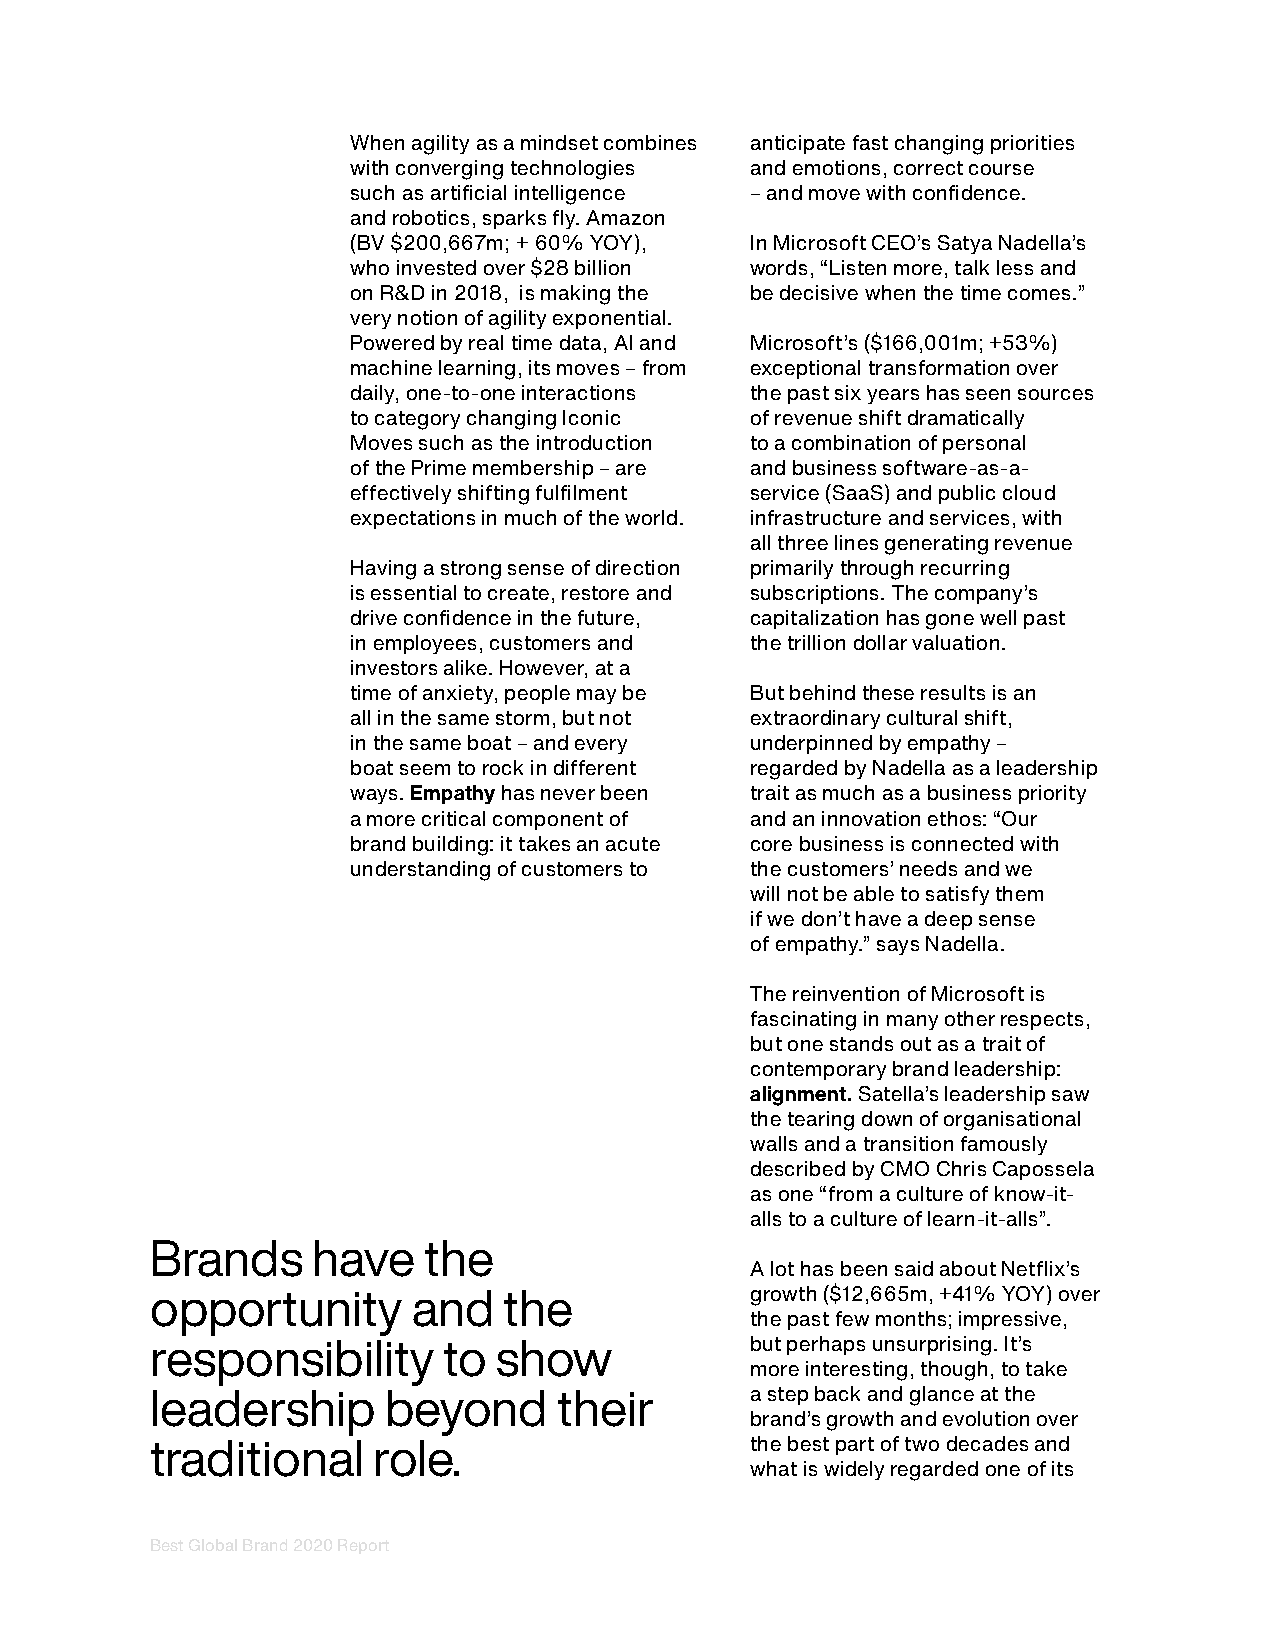
When agility as a mindset combines anticipate fast changing priorities
 with converging technologies and emotions, correct course
 such as artificial intelligence – and move with confidence.
 and robotics, sparks fly. Amazon
 (BV $200,667m; + 60% YOY), In Microsoft CEO’s Satya Nadella’s
 who invested over $28 billion words, “Listen more, talk less and
 on R&D in 2018, is making the be decisive when the time comes.”
 very notion of agility exponential.
 Powered by real time data, AI and Microsoft’s ($166,001m; +53%)
 machine learning, its moves – from exceptional transformation over
 daily, one-to-one interactions the past six years has seen sources
 to category changing Iconic of revenue shift dramatically
 Moves such as the introduction to a combination of personal
 of the Prime membership – are and business software-as-a-
 effectively shifting fulfilment service (SaaS) and public cloud
 expectations in much of the world. infrastructure and services, with
 all three lines generating revenue
 Having a strong sense of direction primarily through recurring
 is essential to create, restore and subscriptions. The company’s
 drive confidence in the future, capitalization has gone well past
 in employees, customers and the trillion dollar valuation.
 investors alike. However, at a
 time of anxiety, people may be But behind these results is an
 all in the same storm, but not extraordinary cultural shift,
 in the same boat – and every underpinned by empathy –
 boat seem to rock in different regarded by Nadella as a leadership
 ways. Empathy has never been trait as much as a business priority
 a more critical component of and an innovation ethos: “Our
 brand building: it takes an acute core business is connected with
 understanding of customers to the customers’ needs and we
 will not be able to satisfy them
 if we don’t have a deep sense
 of empathy.” says Nadella.
 The reinvention of Microsoft is
 fascinating in many other respects,
 but one stands out as a trait of
 contemporary brand leadership:
 alignment. Satella’s leadership saw
 the tearing down of organisational
 walls and a transition famously
 described by CMO Chris Capossela
 as one “from a culture of know-it-
 alls to a culture of learn-it-alls”.
 Brands     have   the
 A lot has been said about Netflix’s
 opportunity      and   the              growth ($12,665m, +41% YOY) over
 the past few months; impressive,
 responsibility     to  show             but perhaps unsurprising. It’s
 more interesting, though, to take
 leadership     beyond      their        a step back and glance at the
 brand’s growth and evolution over
 traditional    role.                    the best part of two decades and
 what is widely regarded one of its
 Best Global Brand 2020 Report